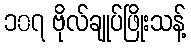
၁၀၇ ဗိုလ်ချုပ်ဖြိုးသန့်